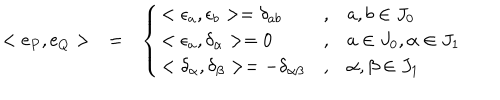
LaTeX: \begin{array} { l l l } { { < \mathrm { e } _ { P } , \mathrm { e } _ { Q } > } } & { { = } } & { { \left\{ \begin{array} { l l l } { { < \epsilon _ { a } , \epsilon _ { b } > = \delta _ { a b } } } & { { , } } & { { a , b \in J _ { 0 } } } \\ { { < \epsilon _ { a } , \delta _ { \alpha } > = 0 } } & { { , } } & { { a \in J _ { 0 } , \alpha \in J _ { 1 } } } \\ { { < \delta _ { \alpha } , \delta _ { \beta } > = - \delta _ { \alpha \beta } } } & { { , } } & { { \alpha , \beta \in J _ { 1 } } } \\ \end{array} \right. } } \\ \end{array}